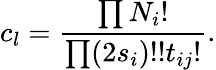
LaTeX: c_{l}=\frac{\prod N_{i}!}{\prod(2s_{i})!!t_{ij}!}.